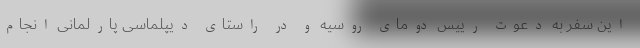
این سفر به دعوت رییس دومای روسیه و در راستای دیپلماسی پارلمانی انجام